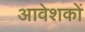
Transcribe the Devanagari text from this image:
आवेशकों